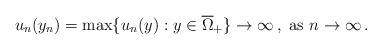
LaTeX: \begin{align*} u_n(y_n) = \max\{u_n(y): y \in \overline{\Omega}_{+}\} \rightarrow \infty\,, \textup{ as } n \rightarrow \infty\,.\end{align*}